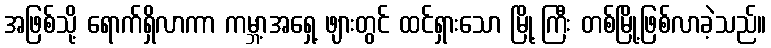
အဖြစ်သို့ ရောက်ရှိလာကာ ကမ္ဘာ့အရှေ့ ဖျားတွင် ထင်ရှားသော မြို့ ကြီး တစ်မြို့ဖြစ်လာခဲ့သည်။